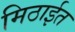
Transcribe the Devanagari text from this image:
मिठाईत